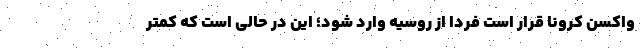
واکسن کرونا قرار است فردا از روسیه وارد شود؛ این در حالی است که کمتر